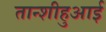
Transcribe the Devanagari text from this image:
तान्शीहुआई